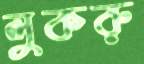
লুকরু